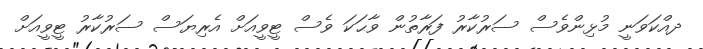
ދއްކަވަނީ މުޅިންވެސް ސަރުކާރު ފަރާތުން ވާޙަކަ ވެސް ޓީވީއަށް އެރިޔަސް ސަރުކާރު ޓީވީއަށް